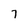
Character: 7